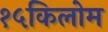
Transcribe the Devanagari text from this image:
१५किलोम